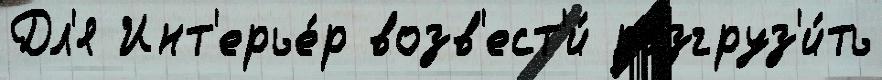
Дл'я Инт'ерье́р возв'ест'и́ разгруз'и́ть